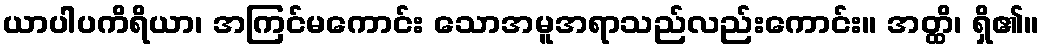
ယာပါပကိရိယာ၊ အကြင်မကောင်း သောအမူအရာသည်လည်းကောင်း။ အတ္ထိ၊ ရှိ၏။